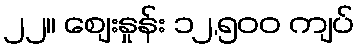
၂၂။ စျေးနှုန်း ၁၂,၅၀၀ ကျပ်